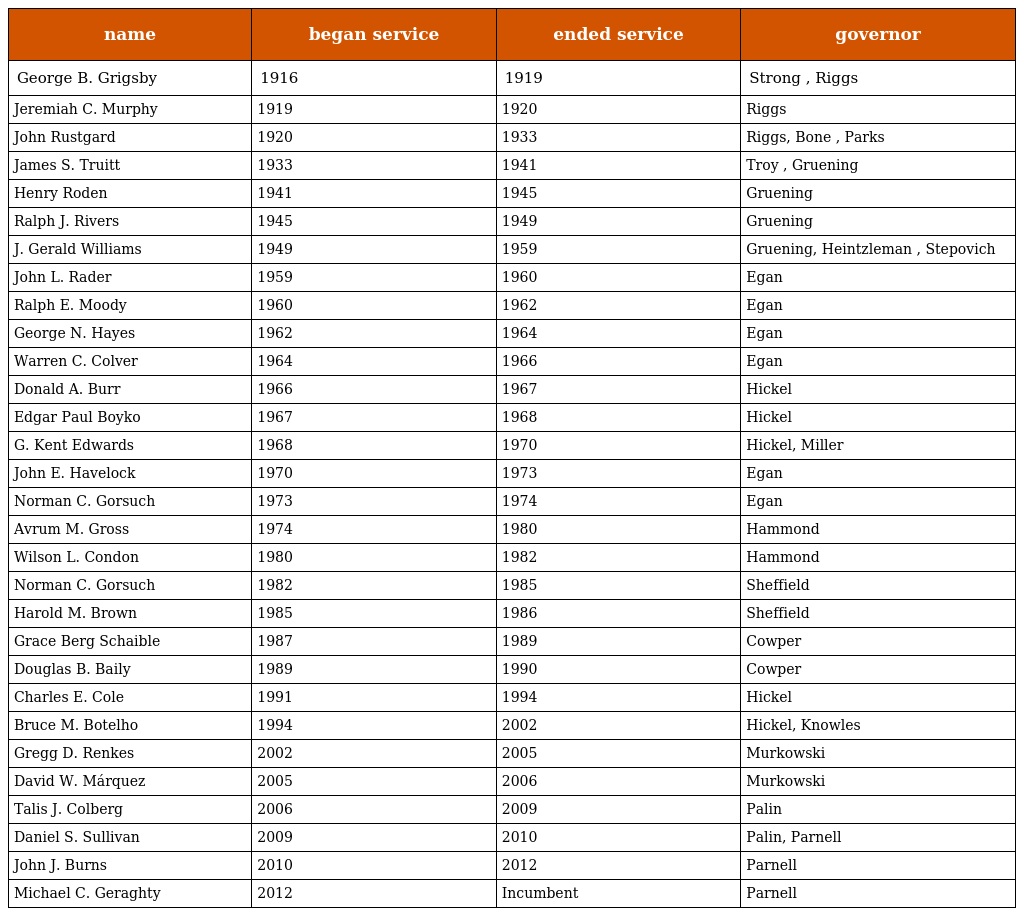
| name | began service | ended service | governor |
 | --- | --- | --- | --- |
 | George B. Grigsby | 1916 | 1919 | Strong , Riggs |
 | Jeremiah C. Murphy | 1919 | 1920 | Riggs |
 | John Rustgard | 1920 | 1933 | Riggs, Bone , Parks |
 | James S. Truitt | 1933 | 1941 | Troy , Gruening |
 | Henry Roden | 1941 | 1945 | Gruening |
 | Ralph J. Rivers | 1945 | 1949 | Gruening |
 | J. Gerald Williams | 1949 | 1959 | Gruening, Heintzleman , Stepovich |
 | John L. Rader | 1959 | 1960 | Egan |
 | Ralph E. Moody | 1960 | 1962 | Egan |
 | George N. Hayes | 1962 | 1964 | Egan |
 | Warren C. Colver | 1964 | 1966 | Egan |
 | Donald A. Burr | 1966 | 1967 | Hickel |
 | Edgar Paul Boyko | 1967 | 1968 | Hickel |
 | G. Kent Edwards | 1968 | 1970 | Hickel, Miller |
 | John E. Havelock | 1970 | 1973 | Egan |
 | Norman C. Gorsuch | 1973 | 1974 | Egan |
 | Avrum M. Gross | 1974 | 1980 | Hammond |
 | Wilson L. Condon | 1980 | 1982 | Hammond |
 | Norman C. Gorsuch | 1982 | 1985 | Sheffield |
 | Harold M. Brown | 1985 | 1986 | Sheffield |
 | Grace Berg Schaible | 1987 | 1989 | Cowper |
 | Douglas B. Baily | 1989 | 1990 | Cowper |
 | Charles E. Cole | 1991 | 1994 | Hickel |
 | Bruce M. Botelho | 1994 | 2002 | Hickel, Knowles |
 | Gregg D. Renkes | 2002 | 2005 | Murkowski |
 | David W. Márquez | 2005 | 2006 | Murkowski |
 | Talis J. Colberg | 2006 | 2009 | Palin |
 | Daniel S. Sullivan | 2009 | 2010 | Palin, Parnell |
 | John J. Burns | 2010 | 2012 | Parnell |
 | Michael C. Geraghty | 2012 | Incumbent | Parnell |